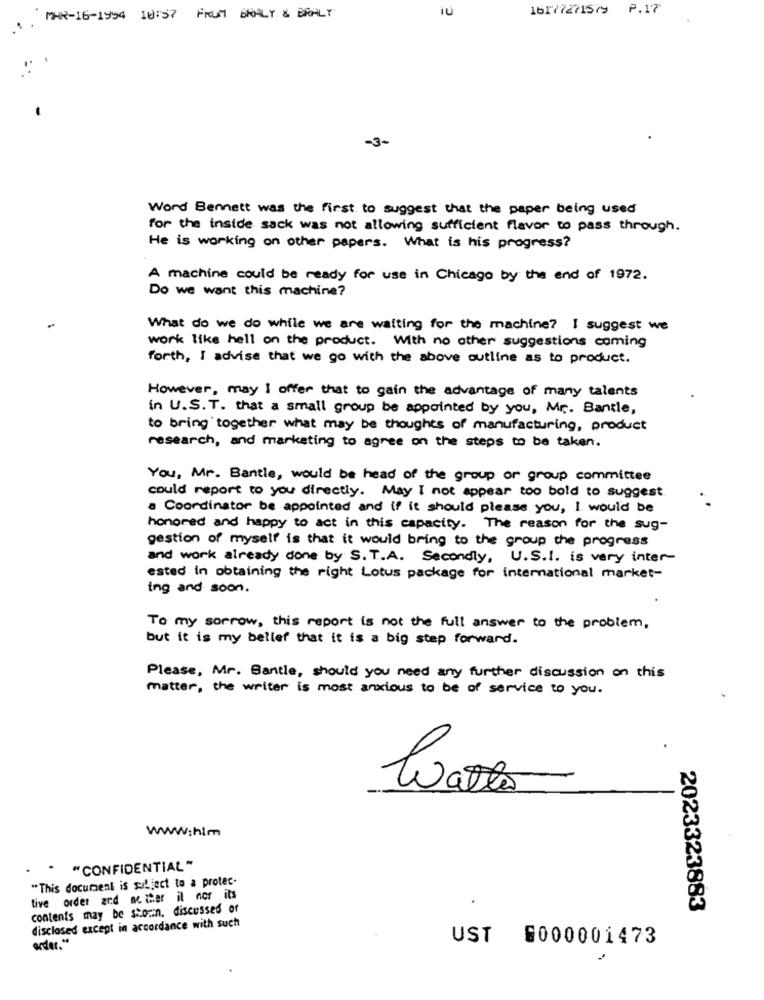
iU
16177271579 P.17
MAR-16-1994 10:57 FRUM BRALY & BRALY
-3-
Word Bennett was the first to suggest that the paper being used
for the inside sack was not allowing sufficient flavor to pass through.
He is working on other papers. What is his progress?
A machine could be ready for use in Chicago by the end of 1972.
Do we want this machine?
What do we do while we are waiting for the machine? I suggest we
work like hell on the product. With no other suggestions coming
forth, I advise that we go with the above outline as to product.
However, may I offer that to gain the advantage of many talents
in U.S.T. that a small group be appointed by you, Mr. Bantle,
to bring together what may be thoughts of manufacturing, product
research, and marketing to agree on the steps to be taken.
You, Mr. Bantle, would be head of the group or group committee
could report to you directly. May I not appear too bold to suggest
a Coordinator be appointed and if it should please you, I. would be
honored and happy to act in this capacity. The reason for the sug-
gestion of myself is that it would bring to the group the progress
and work already done by S. T.A. Secondly, U.S.I. is very inter-
ested in obtaining the right Lotus package for international market-
ing and soon.
To my sorrow, this report is not the full answer to the problem,
but it is my belief that it is a big step forward.
Please, Mr. Bantle, should you need any further discussion on this
matter, the writer is most anxious to be of service to you .
www.him
" "CONFIDENTIAL"
"This document is subject to a protec-
tive order and me ther il nor it's
contents may be shown. discussed of
2023323883
disclosed except in accordance with such
UST 6000001473
order."